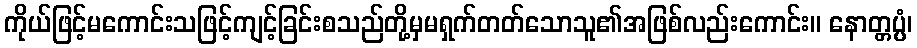
ကိုယ်ဖြင့်မကောင်းသဖြင့်ကျင့်ခြင်းစသည်တို့မှမရှက်တတ်သောသူ၏အဖြစ်လည်းကောင်း။ နောတ္တပ္ပံ၊